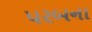
પરબના